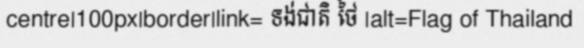
centre|100px|border|link= ទង់ជាតិ ថៃ |alt=Flag of Thailand